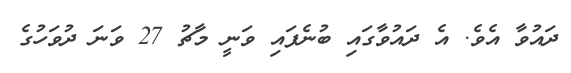
ދައުވާ އެވެ. އެ ދައުވާގައި ބުނެފައި ވަނީ މާޗު 27 ވަނަ ދުވަހުގެ